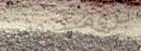
بروميثيوس